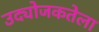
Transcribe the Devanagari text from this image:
उद्योजकतेला